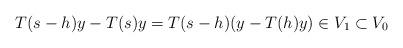
LaTeX: \begin{align*}T(s-h)y-T(s)y =T(s-h)(y-T(h)y) \in V_1 \subset V_0\end{align*}